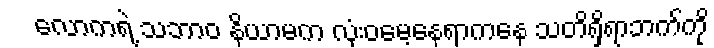
လောကရဲ့ သဘာဝ နိယာမက လုံးဝမေ့နေရာကနေ သတိရှိရာဘက်ကို